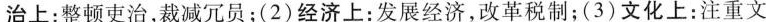
治上：整顿吏治，裁减冗员；(2)经济上：发展经济，改革税制；(3)文化上：注重文